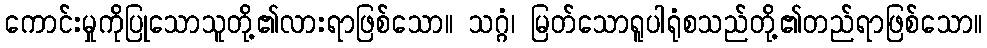
ကောင်းမှုကိုပြုသောသူတို့၏လားရာဖြစ်သော။ သဂ္ဂံ၊ မြတ်သောရူပါရုံစသည်တို့၏တည်ရာဖြစ်သော။